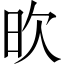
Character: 欥